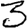
Digit: 3